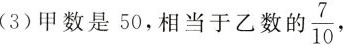
(3)甲数是50，相当于乙数的\frac{7}{10}